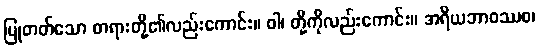
ပြုတတ်သော တရားတို့၏လည်းကောင်း။ ဝါ၊ တို့ကိုလည်းကောင်း။ အရိယဘာဝဿစ၊